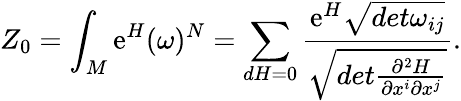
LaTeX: Z_{0}=\int_{M}\mathrm{e}^{H}(\omega)^{N}=\sum_{dH=0}\frac{\mathrm{e}^{H}\sqrt{det\omega_{ij}}}{\sqrt{det\frac{\partial^{2}H}{\partial x^{i}\partial x^{j}}}}.